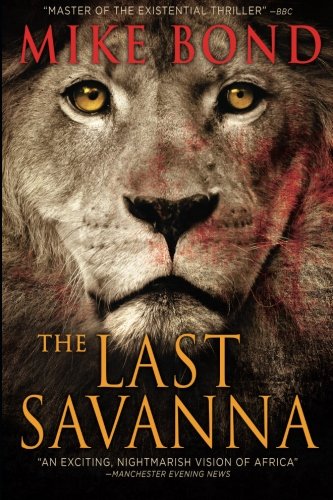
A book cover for THE LAST SAVANNA; Mike Bond; Literature & Fiction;